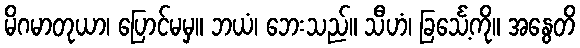
မိဂမာတုယာ၊ ပြောင်မမှ။ ဘယံ၊ ဘေးသည်။ သီဟံ၊ ခြင်္သေ့ကို။ အနွေတိ